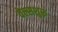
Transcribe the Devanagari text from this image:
वेल्सशुरू